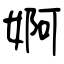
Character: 婀